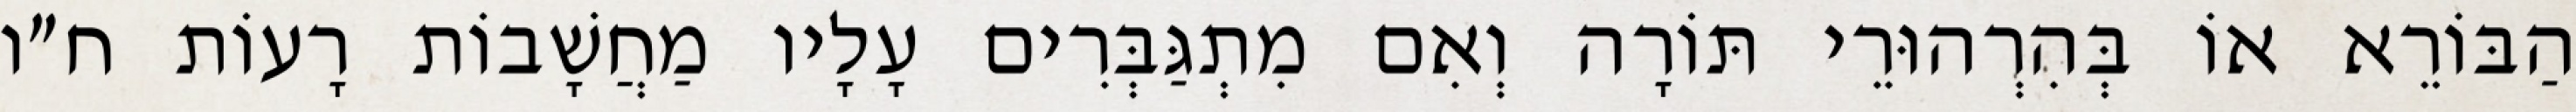
הַבּוֹרֵא אוֹ בְּהִרְהוּרֵי תּוֹרָה וְאִם מִתְגַּבְּרִים עָלָיו מַחֲשָׁבוֹת רָעוֹת ח״ו